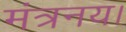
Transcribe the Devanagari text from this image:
मंत्रनय।